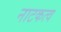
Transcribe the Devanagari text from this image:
नाटकत्व